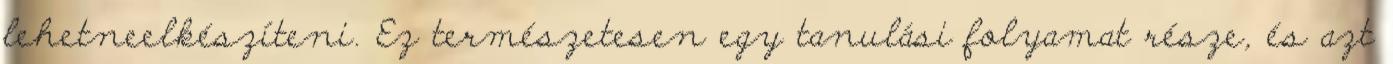
lehetneelkészíteni. Ez természetesen egy tanulási folyamat része, és azt